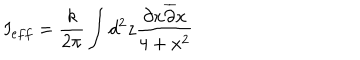
I _ { e f f } = \frac { k } { 2 \pi } \int d ^ { 2 } z \frac { \partial x \overline { { { \partial } } } x } { 4 + x ^ { 2 } }